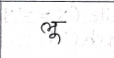
मजकूर: लू